Annual administration report of the Civil Veterinary Department of India - 1895-1896
Year: 1895
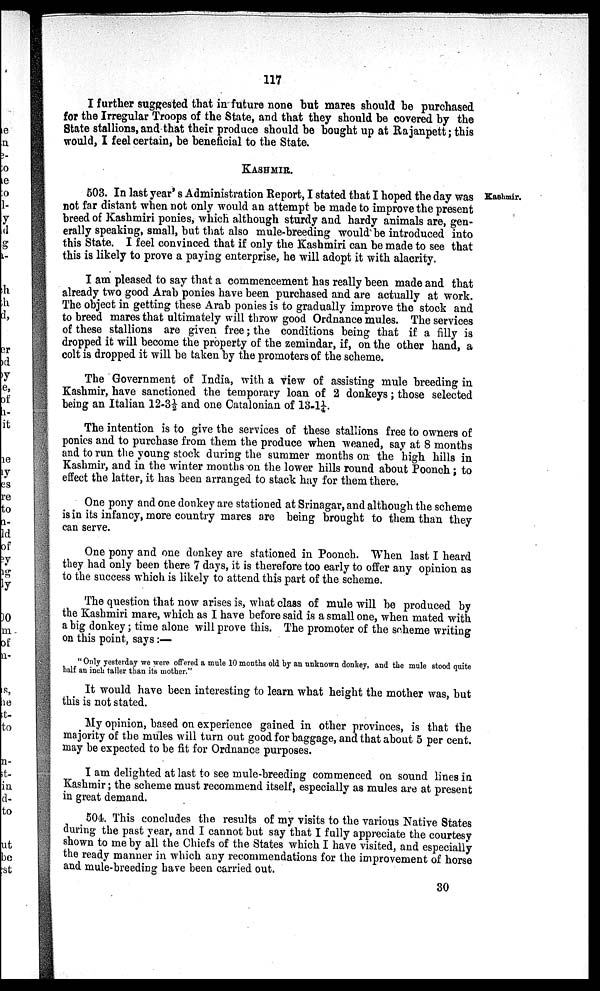
117
I further suggested that in future none but mares should be purchased
for the Irregular Troops of the State, and that they should be covered by the
State stallions, and that their produce should be bought up at Rajanpett; this
would, I feel certain, be beneficial to the State.
KASHMIR.
Kashmir.
503. In last year's Administration Report, I stated that I hoped the day was
not far distant when not only would an attempt be made to improve the present
breed of Kashmiri ponies, which although sturdy and hardy animals are, gen-
erally speaking, small, but that also mule-breeding would be introduced into
this State. I feel convinced that if only the Kashmiri can be made to see that
this is likely to prove a paying enterprise, he will adopt it with alacrity.
I am pleased to say that a commencement has really been made and that
already two good Arab ponies have been purchased and are actually at work.
The object in getting these Arab ponies is to gradually improve the stock and
to breed mares that ultimately will throw good Ordnance mules. The services
of these stallions are given free; the conditions being that if a filly is
dropped it will become the property of the zemindar, if, on the other hand, a
colt is dropped it will be taken by the promoters of the scheme.
The Government of India, with a view of assisting mule breeding in
Kashmir, have sanctioned the temporary loan of 2 donkeys; those selected
being an Italian 12-3½ and one Catalonian of 13-1¼.
The intention is to give the services of these stallions free to owners of
ponies and to purchase from them the produce when weaned, say at 8 months
and to run the young stock during the summer months on the high hills in
Kashmir, and in the winter months on the lower hills round about Poonch; to
effect the latter, it has been arranged to stack hay for them there.
One pony and one donkey are stationed at Srinagar, and although the scheme
is in its infancy, more country mares are being brought to them than they
can serve.
One pony and one donkey are stationed in Poonch. When last I heard
they had only been there 7 days, it is therefore too early to offer any opinion as
to the success which is likely to attend this part of the scheme.
The question that now arises is, what class of mule will be produced by
the Kashmiri mare, which as I have before said is a small one, when mated with
a big donkey; time alone will prove this. The promoter of the scheme writing
on this point, says:—
" Only yesterday we were offered a mule 10 months old by an unknown donkey, and the mule stood quite
half an inch taller than its mother."
It would have been interesting to learn what height the mother was, but
this is not stated.
My opinion, based on experience gained in other provinces, is that the
majority of the mules will turn out good for baggage, and that about 5 per cent.
may be expected to be fit for Ordnance purposes.
I am delighted at last to see mule-breeding commenced on sound lines in
Kashmir; the scheme must recommend itself, especially as mules are at present
in great demand.
504 This concludes the results of my visits to the various Native States
during the past year, and I cannot but say that I fully appreciate the courtesy
shown to me by all the Chiefs of the States which I have visited, and especially
the ready manner in which any recommendations for the improvement of horse
and mule-breeding have been carried out.
30